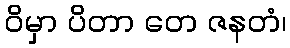
ဝိမှာ ပိတာ တေ ဇနတံ၊